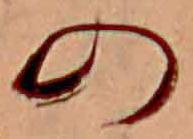
の